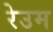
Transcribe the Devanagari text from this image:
रेउम